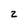
Character: 2